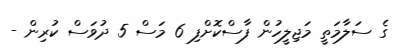
ގެ ސަލާމަތީ މަޖިލީހުން ފާސްކޮށްފި 6 މަސް 5 ދުވަސް ކުރިން -